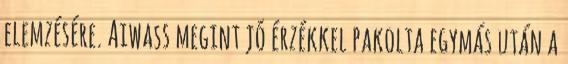
elemzésére. Aiwass megint jó érzékkel pakolta egymás után a